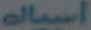
أسماك